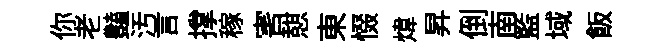
你老𧰟汚言撑稼害憇東惙煒昇倒南籃域飯